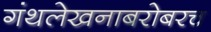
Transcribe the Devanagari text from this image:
गंथलेखनाबरोबरच